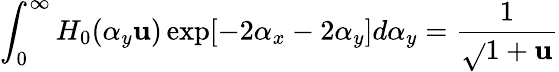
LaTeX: \int_{0}^{\infty}H_{0}(\alpha_{y}\mathbf{u})\exp[-2\alpha_{x}-2\alpha_{y}]d\alpha_{y}=\frac{{1}}{{\sqrt{}{{1+\mathbf{u}}}}}